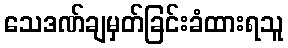
သေဒဏ်ချမှတ်ခြင်းခံထားရသူ